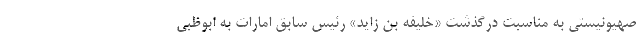
صهیونیستی به مناسبت درگذشت «خلیفه بن زاید» رئیس سابق امارات به ابوظبی